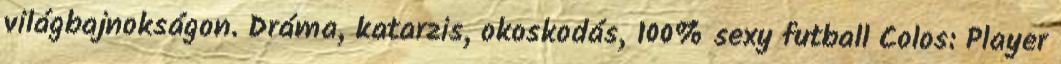
világbajnokságon. Dráma, katarzis, okoskodás, 100% sexy futball Colos: Player